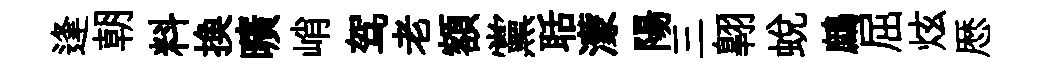
逢朝料换曠峭驾老額黨聒濛陽三翺蜕鷓屈炫厯